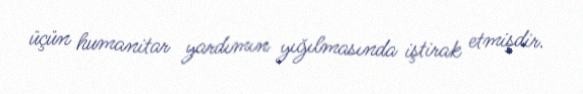
üçün humanitar yardımın yığılmasında iştirak etmişdir.